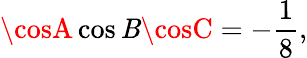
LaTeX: \cosA\cos\mathit{B}\cosC=-{\frac{{1}}{{8}}},